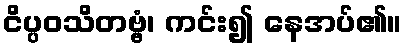
ငိပ္ပဝသိတဗ္ဗံ၊ ကင်း၍ နေအပ်၏။